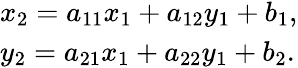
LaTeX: \begin{array}{l}{{x_{2}}={a_{11}}{x_{1}}+{a_{12}}{y_{1}}+{b_{1}},}\\ {{y_{2}}={a_{21}}{x_{1}}+{a_{22}}{y_{1}}+{b_{2}}.}\end{array}